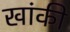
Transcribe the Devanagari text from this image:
खांकी